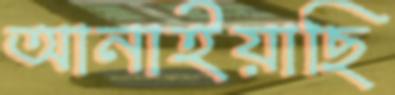
আনাইয়াছি